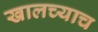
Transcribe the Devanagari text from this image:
खालच्याच